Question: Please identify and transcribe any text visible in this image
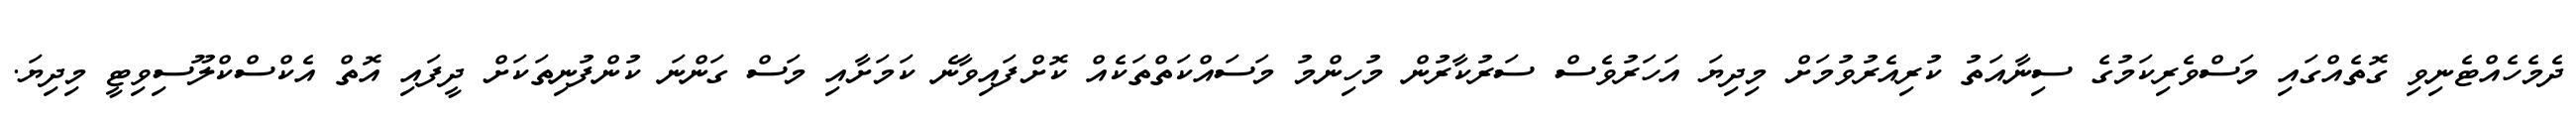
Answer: ދެމެހެއްޓެނިވި ގޮތެއްގައި މަސްވެރިކަމުގެ ސިނާއަތު ކުރިއެރުވުމަށް މިދިޔަ އަހަރުވެސް ސަރުކާރުން މުހިންމު މަސައްކަތްތަކެއް ކޮށްފައިވާނެ ކަމަށާއި މަސް ގަންނަ ކުންފުނިތަކަށް ދީފައި އޮތް އެކްސްކްލޫސިވިޓީ މިދިޔަ.